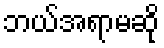
ဘယ်အရာမဆို